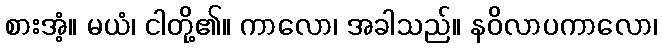
စားအံ့။ မယံ၊ ငါတို့၏။ ကာလော၊ အခါသည်။ နဝိလာပကာလော၊